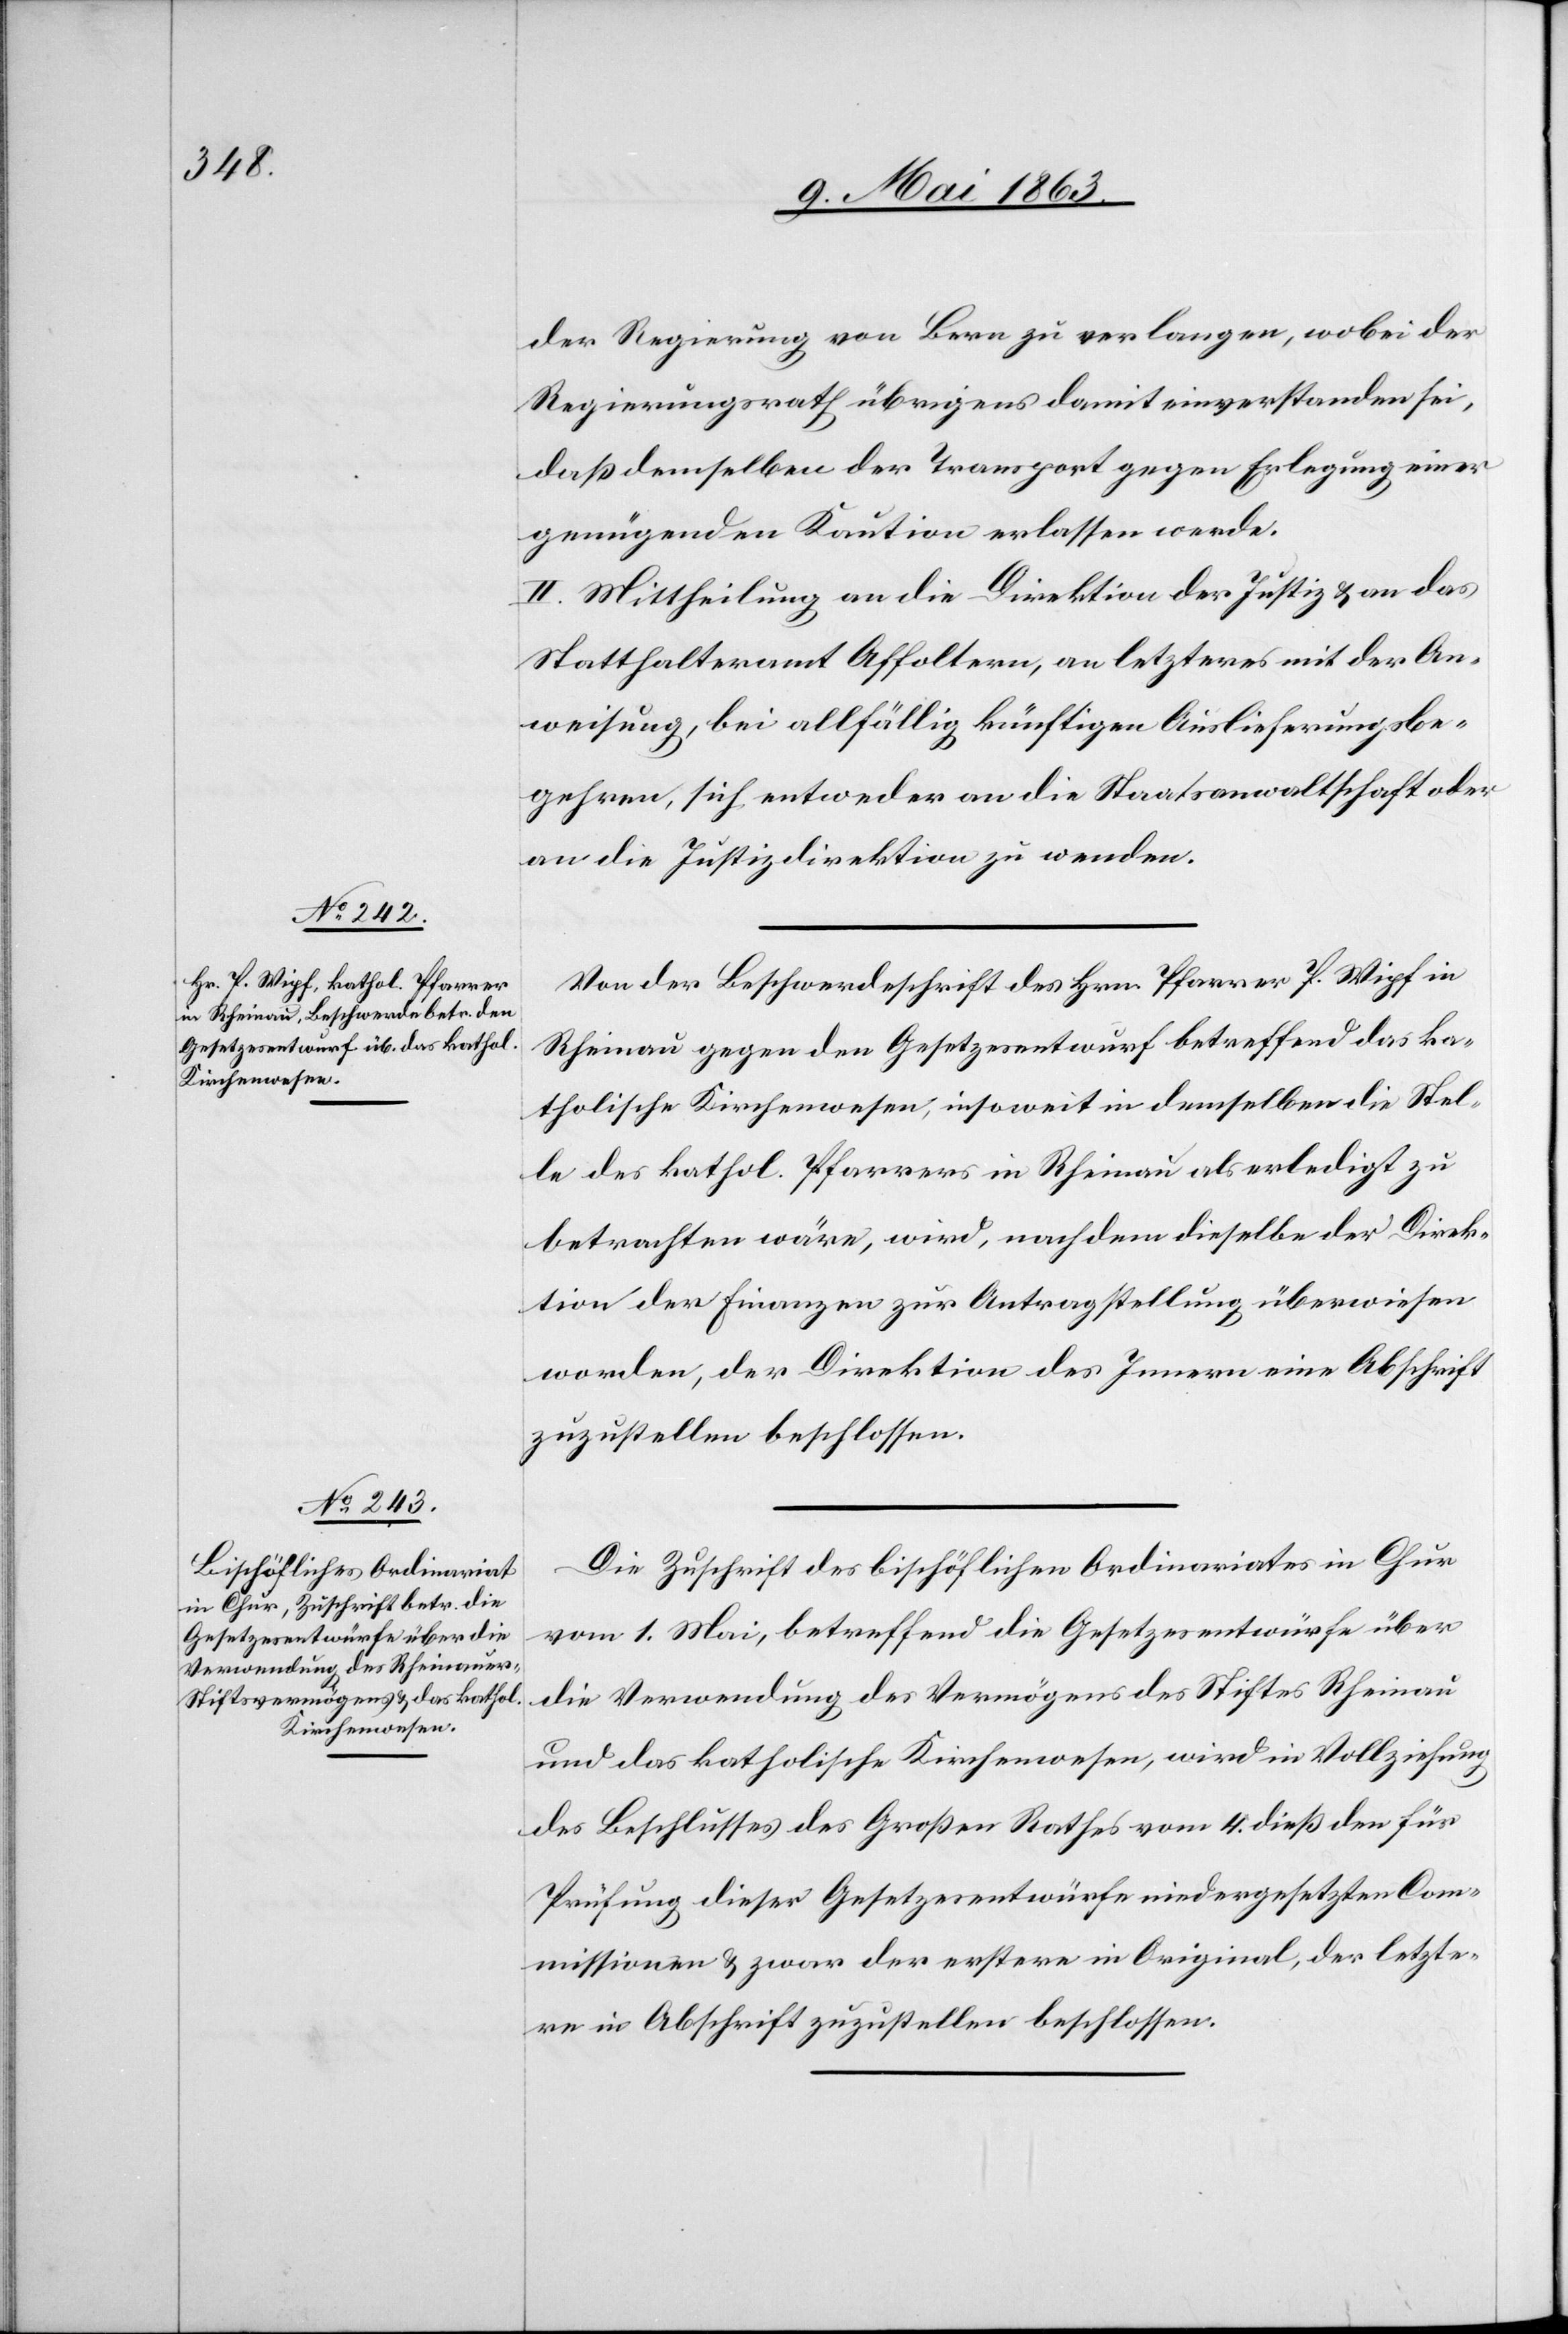
der Regierung von Bern zu verlangen, wobei der
Regierungsrath übrigens damit einverstanden sei,
daß demselben der Transport gegen Erlegung einer
genügenden Kaution erlassen werde.
II. Mittheilung an die Direktion der Justiz & an das
Statthalteramt Affoltern, an letzteres mit der An¬
weisung, bei allfällig künftigen Auslieferungsbe¬
gehren, sich entweder an die Staatsanwaltschaft oder
an die Justizdirektion zu wenden.
Von der Beschwerdeschrift des Hrn. Pfarrer P. Wipf in
Rheinau gegen den Gesetzesentwurf betreffend das ka¬
tholische Kirchenwesen, insoweit in demselben die Stel¬
le des kathol. Pfarrers in Rheinau als erledigt zu
betrachten wäre, wird, nachdem dieselbe der Direk¬
tion der Finanzen zur Antragstellung überwiesen
worden, der Direktion des Innern eine Abschrift
zuzustellen beschlossen.
Die Zuschrift des bischöflichen Ordinariates in Chur
vom 1. Mai, betreffend die Gesetzesentwürfe über
die Verwendung des Vermögens des Stiftes Rheinau
und das katholische Kirchenwesen, wird in Vollziehung
des Beschlusses des Großen Rathes vom 4. dieß den für
Prüfung dieser Gesetzesentwürfe niedergesetzten Com¬
missionen & zwar der erstere in Original, der letzte¬
re in Abschrift zuzustellen beschlossen.